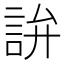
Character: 𬢢